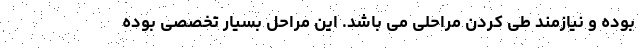
بوده و نیازمند طی کردن مراحلی می باشد. این مراحل بسیار تخصصی بوده